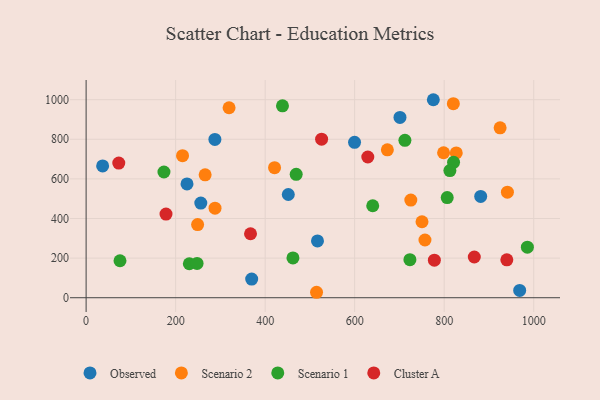
{"axis": {"x": "Experience", "y": "Salary"}, "legend": ["Cluster A", "Observed", "Scenario 1", "Scenario 2"], "data": [{"x": "451.7", "y": 521.2, "type": "Observed"}, {"x": "225.4", "y": 574.5, "type": "Observed"}, {"x": "599.7", "y": 784.8, "type": "Observed"}, {"x": "287.7", "y": 799.0, "type": "Observed"}, {"x": "881.5", "y": 511.3, "type": "Observed"}, {"x": "36.9", "y": 665.3, "type": "Observed"}, {"x": "968.6", "y": 37.0, "type": "Observed"}, {"x": "775.7", "y": 999.7, "type": "Observed"}, {"x": "369.9", "y": 94.3, "type": "Observed"}, {"x": "256.2", "y": 478.1, "type": "Observed"}, {"x": "516.9", "y": 287.0, "type": "Observed"}, {"x": "701.2", "y": 910.1, "type": "Observed"}, {"x": "215.4", "y": 717.4, "type": "Scenario 2"}, {"x": "288.0", "y": 452.2, "type": "Scenario 2"}, {"x": "798.6", "y": 732.0, "type": "Scenario 2"}, {"x": "826.9", "y": 731.3, "type": "Scenario 2"}, {"x": "757.0", "y": 291.4, "type": "Scenario 2"}, {"x": "319.4", "y": 959.2, "type": "Scenario 2"}, {"x": "820.4", "y": 979.6, "type": "Scenario 2"}, {"x": "725.4", "y": 492.9, "type": "Scenario 2"}, {"x": "265.9", "y": 620.3, "type": "Scenario 2"}, {"x": "514.8", "y": 27.5, "type": "Scenario 2"}, {"x": "249.1", "y": 369.3, "type": "Scenario 2"}, {"x": "673.0", "y": 746.6, "type": "Scenario 2"}, {"x": "421.0", "y": 656.8, "type": "Scenario 2"}, {"x": "924.9", "y": 857.8, "type": "Scenario 2"}, {"x": "750.4", "y": 383.7, "type": "Scenario 2"}, {"x": "941.2", "y": 533.0, "type": "Scenario 2"}, {"x": "462.1", "y": 200.8, "type": "Scenario 1"}, {"x": "230.6", "y": 171.4, "type": "Scenario 1"}, {"x": "173.9", "y": 634.9, "type": "Scenario 1"}, {"x": "75.7", "y": 186.7, "type": "Scenario 1"}, {"x": "806.7", "y": 505.4, "type": "Scenario 1"}, {"x": "640.3", "y": 464.3, "type": "Scenario 1"}, {"x": "820.9", "y": 683.6, "type": "Scenario 1"}, {"x": "438.7", "y": 968.9, "type": "Scenario 1"}, {"x": "723.4", "y": 192.1, "type": "Scenario 1"}, {"x": "247.9", "y": 173.4, "type": "Scenario 1"}, {"x": "712.2", "y": 794.6, "type": "Scenario 1"}, {"x": "985.8", "y": 255.0, "type": "Scenario 1"}, {"x": "812.7", "y": 642.2, "type": "Scenario 1"}, {"x": "469.3", "y": 623.2, "type": "Scenario 1"}, {"x": "178.5", "y": 422.4, "type": "Cluster A"}, {"x": "367.3", "y": 323.1, "type": "Cluster A"}, {"x": "629.3", "y": 710.6, "type": "Cluster A"}, {"x": "939.9", "y": 191.5, "type": "Cluster A"}, {"x": "73.0", "y": 680.0, "type": "Cluster A"}, {"x": "778.0", "y": 189.4, "type": "Cluster A"}, {"x": "526.1", "y": 800.6, "type": "Cluster A"}, {"x": "867.2", "y": 205.6, "type": "Cluster A"}]}